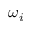
\omega _ { i }